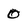
Character: 0